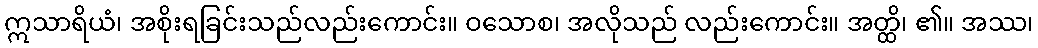
ဣသာရိယံ၊ အစိုးရခြင်းသည်လည်းကောင်း။ ဝသောစ၊ အလိုသည် လည်းကောင်း။ အတ္ထိ၊ ၏။ အဿ၊